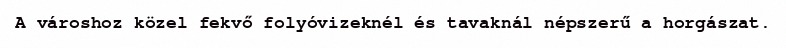
A városhoz közel fekvő folyóvizeknél és tavaknál népszerű a horgászat.